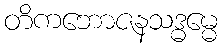
တိကဘောဇနသဒ္ဓမ္မေ